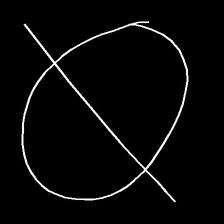
Glyph: orb